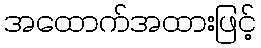
အထောက်အထားဖြင့်